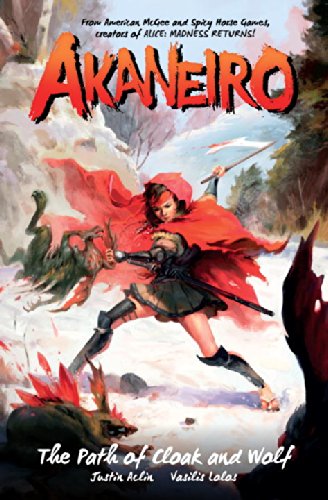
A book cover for Akaneiro; Justin Aclin; Teen & Young Adult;